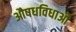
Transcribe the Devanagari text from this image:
औषधविधाओं